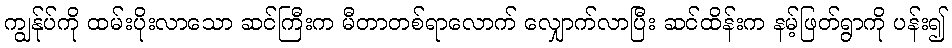
ကျွန်ုပ်ကို ထမ်းပိုးလာသော ဆင်ကြီးက မီတာတစ်ရာလောက် လျှောက်လာပြီး ဆင်ထိန်းက နမ့်ဖြတ်ရွာကို ပန်း၍